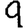
Digit: 9